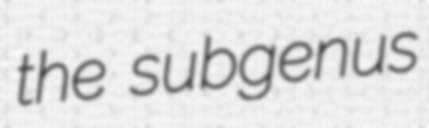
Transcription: the subgenus